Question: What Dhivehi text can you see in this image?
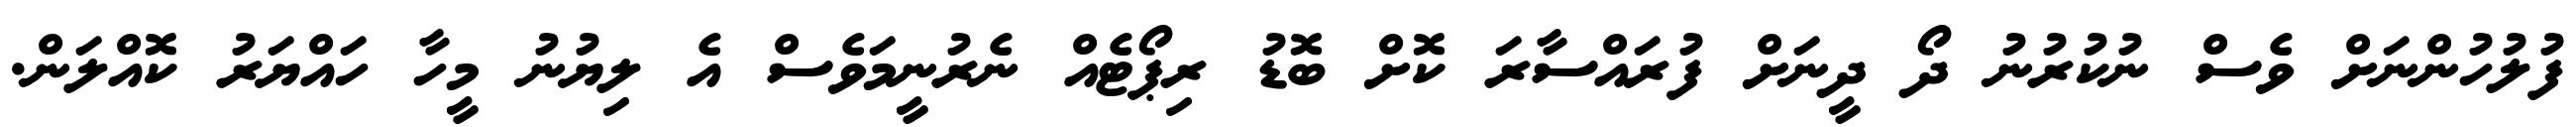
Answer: ފުލުހުންނަށް ވެސް ނުކުރުނު ދޯ ދީނަށް ފުރައްސާރަ ކޮށް ބޮޑު ރިޕޯޓެއް ނެރުނީމަވެސް އެ ލިޔުނު މީހާ ހައްޔަރު ކޮއްލަން.